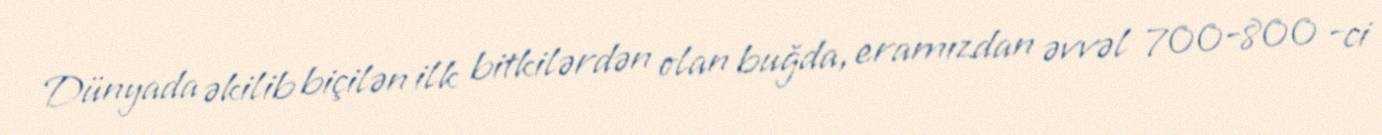
Dünyada əkilib biçilən ilk bitkilərdən olan buğda, eramızdan əvvəl 700-800 -ci